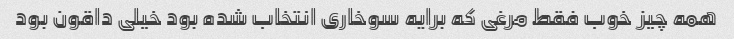
همه چیز خوب فقط مرغی که برایه سوخاری انتخاب شده بود خیلی داقون بود